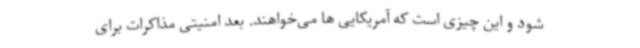
شود و این چیزی است که آمریکایی ها می‌خواهند. بعد امنیتی مذاکرات برای